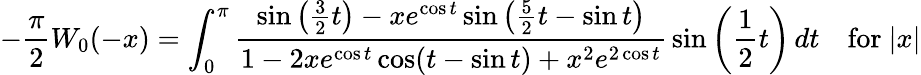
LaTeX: -{\frac{\pi}{2}}W_{0}(-x)=\int_{0}^{\pi}{\frac{\sin\left({\frac{3}{2}}t\right)-xe^{\cos t}\sin\left({\frac{5}{2}}t-\sin t\right)}{1-2xe^{\cos t}\cos(t-\sin t)+x^{2}e^{2\cos t}}}\sin\left({\frac{1}{2}}t\right)\, dt\quad{\mathrm{for~}}|x|